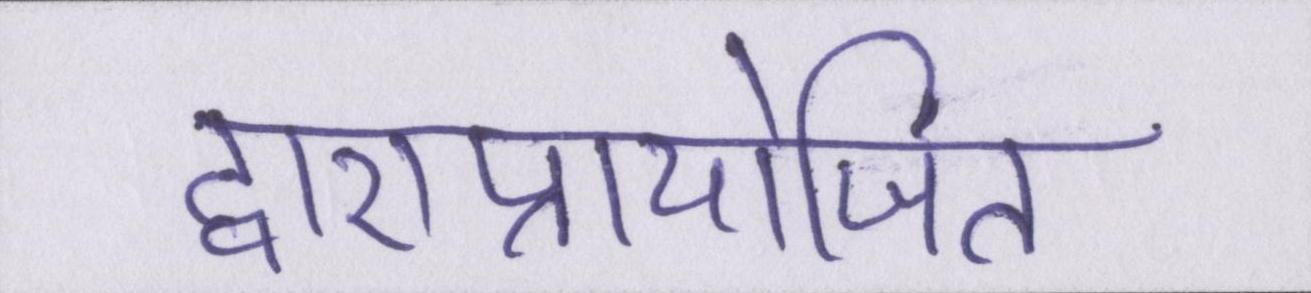
द्वाराप्रायोजित